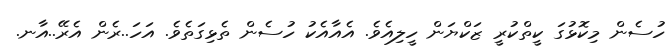
ހުސެން މިކޮޅުގަ ކީތްކުރީ ޒަކްޔަން ހީލިއެވެ. އެއާއެކު ހުސެން ތެޅިގަތެވެ. އަހަ..ރެން އެރޭ..އާނ.